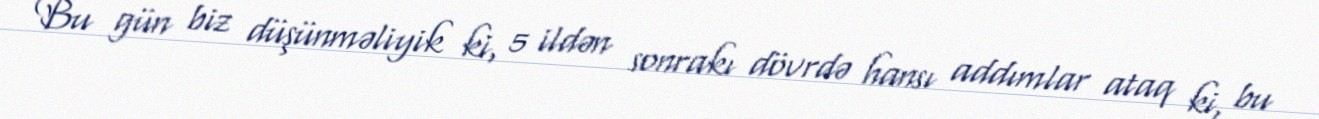
Bu gün biz düşünməliyik ki, 5 ildən sonrakı dövrdə hansı addımlar ataq ki, bu